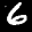
Label: 6